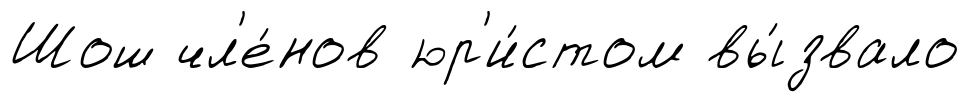
Шош чл'е́нов юр'и́стом вы́звало